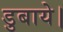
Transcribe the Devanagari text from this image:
डुबाये।